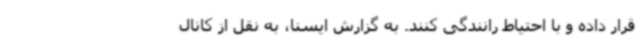
قرار داده و با احتیاط رانندگی کنند. به گزارش ایسنا، به نقل از کانال